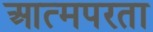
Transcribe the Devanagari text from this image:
आत्मपरता